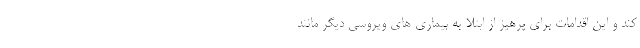
کند و این اقدامات برای پرهیز از ابتلا به بیماری های ویروسی دیگر مانند